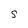
Character: S